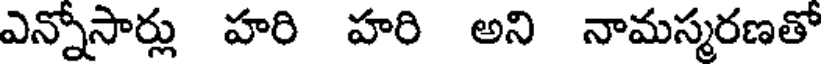
ఎన్నోసార్లు హరి హరి అని నామస్మరణతో